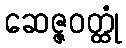
ဆေဇ္ဇဝတ္ထုံ